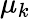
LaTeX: \mu_{k}